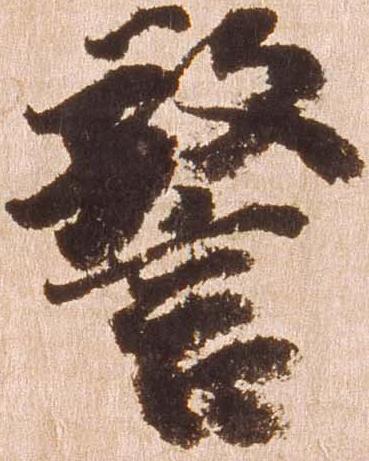
警